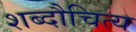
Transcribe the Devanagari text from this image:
शब्दौचित्य